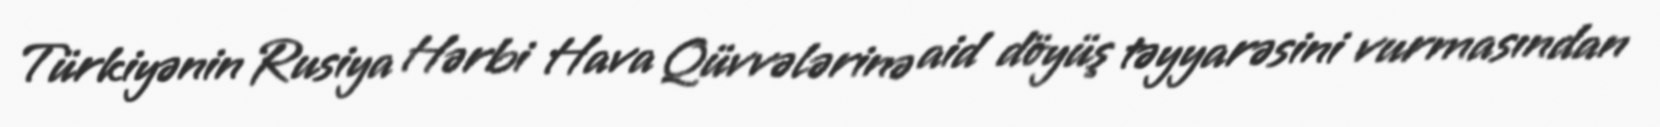
Türkiyənin Rusiya Hərbi Hava Qüvvələrinə aid döyüş təyyarəsini vurmasından